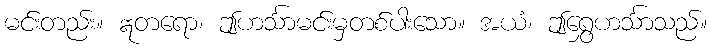
မင်းတည်း။ ဣတရော၊ ဤဟင်္သာမင်းမှတစ်ပါးသော။ အယံ၊ ဤရွှေဟင်္သာသည်။